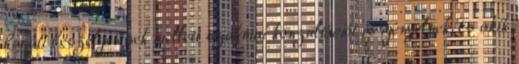
baráti beszélgetések mellett szakmai konzultációt is igényelnek, és akik